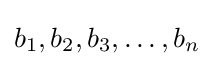
b_{1},b_{2},b_{3},\ldots ,b_{n}